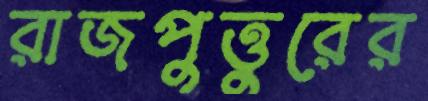
রাজপুত্তুরের